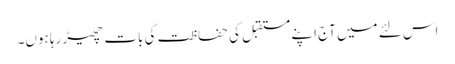
اس لئے میں آج اپنے مستقبل کی حفاظت کی بات چھیڑ رہا ہوں۔